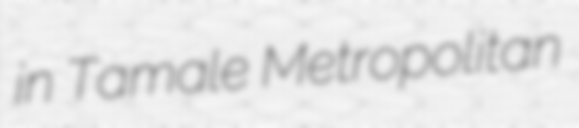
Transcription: in Tamale Metropolitan